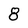
Character: 8